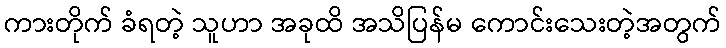
ကားတိုက် ခံရတဲ့ သူဟာ အခုထိ အသိပြန်မ ကောင်းသေးတဲ့အတွက်